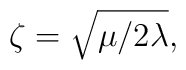
\zeta = \sqrt{\mu/2 \lambda},